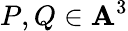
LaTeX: P,Q\in\mathbf{A}^{3}